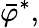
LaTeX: \bar{\varphi}^{*},